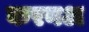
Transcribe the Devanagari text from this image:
करनअ